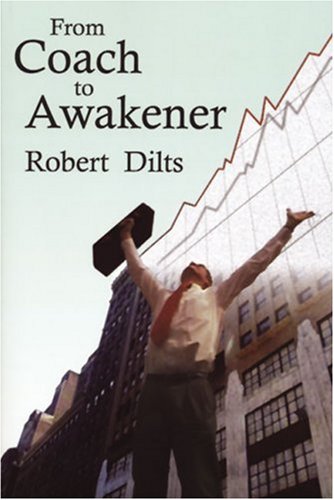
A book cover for From Coach to Awakener; Robert Dilts; Self-Help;